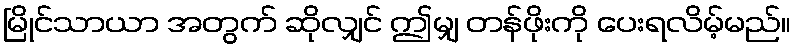
မြိုင်သာယာ အတွက် ဆိုလျှင် ဤမျှ တန်ဖိုးကို ပေးရလိမ့်မည်။